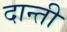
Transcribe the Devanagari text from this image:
दान्ती